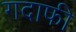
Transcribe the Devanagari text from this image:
गदाफी